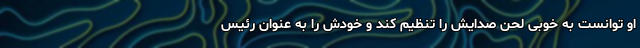
او توانست به خوبی لحن صدایش را تنظیم کند و خودش را به عنوان رئیس